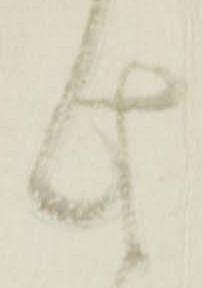
此